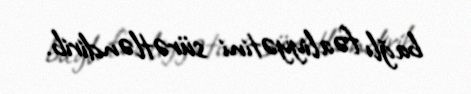
bağlı fəaliyyətini sürətləndirib.